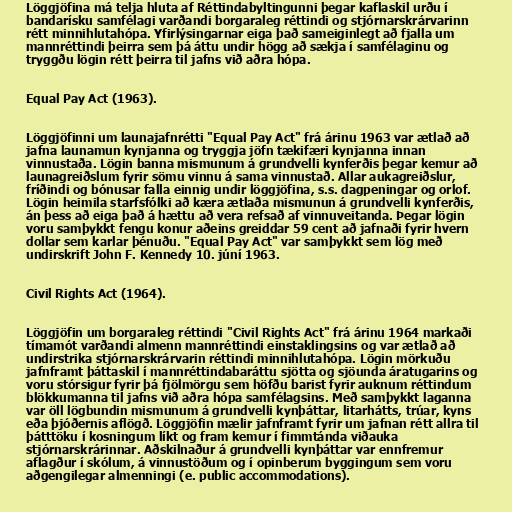
Löggjöfina má telja hluta af Réttindabyltingunni þegar kaflaskil urðu í
bandarísku samfélagi varðandi borgaraleg réttindi og stjórnarskrárvarinn
rétt minnihlutahópa. Yfirlýsingarnar eiga það sameiginlegt að fjalla um
mannréttindi þeirra sem þá áttu undir högg að sækja í samfélaginu og
tryggðu lögin rétt þeirra til jafns við aðra hópa.

Equal Pay Act (1963).

Löggjöfinni um launajafnrétti "Equal Pay Act" frá árinu 1963 var ætlað að
jafna launamun kynjanna og tryggja jöfn tækifæri kynjanna innan
vinnustaða. Lögin banna mismunum á grundvelli kynferðis þegar kemur að
launagreiðslum fyrir sömu vinnu á sama vinnustað. Allar aukagreiðslur,
fríðindi og bónusar falla einnig undir löggjöfina, s.s. dagpeningar og orlof.
Lögin heimila starfsfólki að kæra ætlaða mismunun á grundvelli kynferðis,
án þess að eiga það á hættu að vera refsað af vinnuveitanda. Þegar lögin
voru samþykkt fengu konur aðeins greiddar 59 cent að jafnaði fyrir hvern
dollar sem karlar þénuðu. "Equal Pay Act" var samþykkt sem lög með
undirskrift John F. Kennedy 10. júní 1963.

Civil Rights Act (1964).

Löggjöfin um borgaraleg réttindi "Civil Rights Act" frá árinu 1964 markaði
tímamót varðandi almenn mannréttindi einstaklingsins og var ætlað að
undirstrika stjórnarskrárvarin réttindi minnihlutahópa. Lögin mörkuðu
jafnframt þáttaskil í mannréttindabaráttu sjötta og sjöunda áratugarins og
voru stórsigur fyrir þá fjölmörgu sem höfðu barist fyrir auknum réttindum
blökkumanna til jafns við aðra hópa samfélagsins. Með samþykkt laganna
var öll lögbundin mismunum á grundvelli kynþáttar, litarhátts, trúar, kyns
eða þjóðernis aflögð. Löggjöfin mælir jafnframt fyrir um jafnan rétt allra til
þátttöku í kosningum líkt og fram kemur í fimmtánda viðauka
stjórnarskrárinnar. Aðskilnaður á grundvelli kynþáttar var ennfremur
aflagður í skólum, á vinnustöðum og í opinberum byggingum sem voru
aðgengilegar almenningi (e. public accommodations).